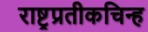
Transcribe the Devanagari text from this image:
राष्ट्रप्रतीकचिन्ह